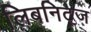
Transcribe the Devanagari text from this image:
लिबनिट्ज